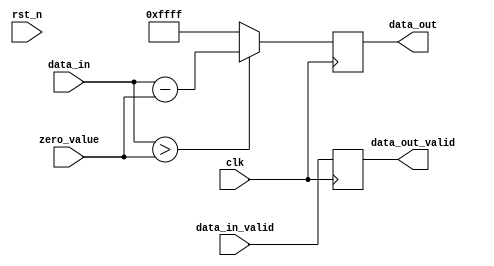
/*=============================================================================
# FileName    :	zero_revise.v
# Author      :	author
# Email       :	email@email.com
# Description :	
# Version     :	1.0
# LastChange  :	2019-06-21 08:38:25
# ChangeLog   :	
=============================================================================*/

`timescale  1 ns/1 ps

module zero_revise
(
    input                       clk,
    input                       rst_n,
    input        [15:00]        zero_value,
    input                       data_in_valid,
    input        [15:00]        data_in,

    output  reg                 data_out_valid,
    output  reg  [15:00]        data_out
);


always @ (posedge clk)
begin
    data_out_valid <= data_in_valid;
end

always @ (posedge clk)
begin
    data_out <= (data_in > zero_value) ? (data_in - zero_value) : 16'hFFFF;
end

//assign                  data_out_valid = data_in_valid;
//assign                  data_out = (data_in > zero_value) ? data_in - zero_value : 16'hFFFF;

endmodule